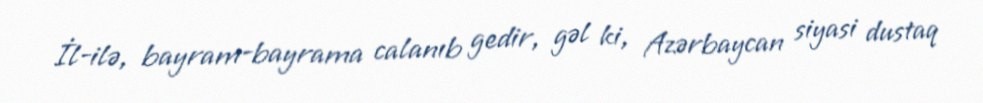
İl-ilə, bayram-bayrama calanıb gedir, gəl ki, Azərbaycan siyasi dustaq